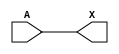
module sky130_fd_sc_hvl__lsbufhv2hv_lh (
    X,
    A
);

    // Module ports
    output X;
    input  A;

    // Module supplies
    supply1 VPWR    ;
    supply0 VGND    ;
    supply1 LOWHVPWR;
    supply1 VPB     ;
    supply0 VNB     ;

    //  Name  Output  Other arguments
    buf buf0 (X     , A              );

endmodule